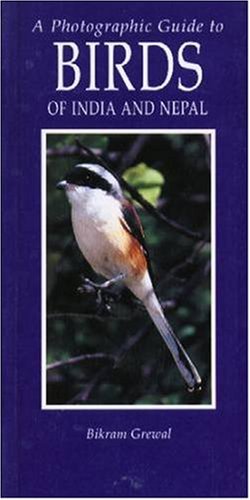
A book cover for Photographic Guide to Birds of India and Nepal: Also Bangladesh, Pakistan, Sri Lanka; Bikram Grewal; Travel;